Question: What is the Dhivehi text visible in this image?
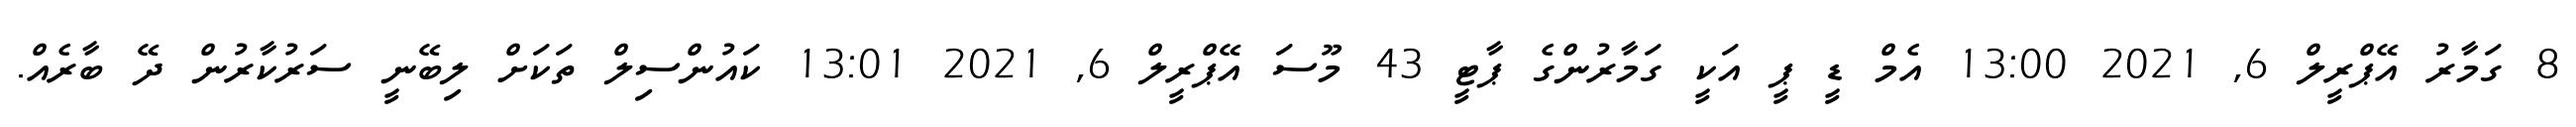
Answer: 8 ގަމާރު އޭޕްރީލް 6, 2021 13:00 އެމް ޑީ ޕީ އަކީ ގަމާރުންގެ ޕާޓީ 43 މޫސަ އޭޕްރީލް 6, 2021 13:01 ކައުންސިލް ތަކަށް ލިބޭނީ ސަރުކާރުން ދޭ ބާރެއް.